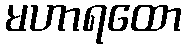
မဟာရထော